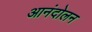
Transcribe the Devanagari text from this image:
आनंदोलन